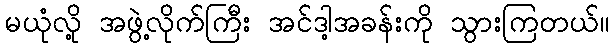
မယုံလို့ အဖွဲ့လိုက်ကြီး အင်ဒါ့အခန်းကို သွားကြတယ်။